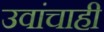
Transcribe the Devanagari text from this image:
उवांचाही